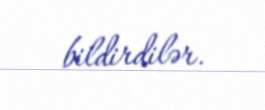
bildirdilər.